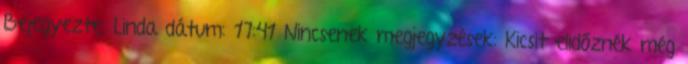
Bejegyezte: Linda dátum: 17:41 Nincsenek megjegyzések: Kicsit elidőznék még